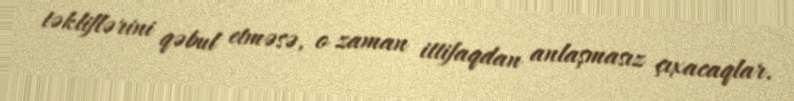
təkliflərini qəbul etməsə, o zaman ittifaqdan anlaşmasız çıxacaqlar.